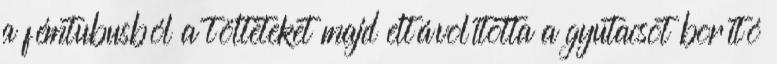
a fémtubusból a tölteteket majd eltávolította a gyutacsot borító